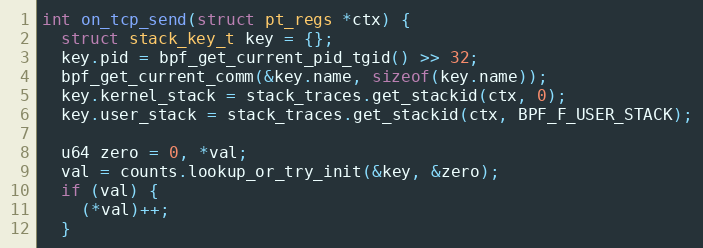
Language: C++
int on_tcp_send(struct pt_regs *ctx) {
  struct stack_key_t key = {};
  key.pid = bpf_get_current_pid_tgid() >> 32;
  bpf_get_current_comm(&key.name, sizeof(key.name));
  key.kernel_stack = stack_traces.get_stackid(ctx, 0);
  key.user_stack = stack_traces.get_stackid(ctx, BPF_F_USER_STACK);

  u64 zero = 0, *val;
  val = counts.lookup_or_try_init(&key, &zero);
  if (val) {
    (*val)++;
  }